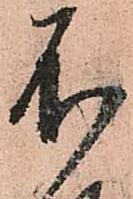
不